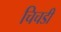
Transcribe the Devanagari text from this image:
चिचडी